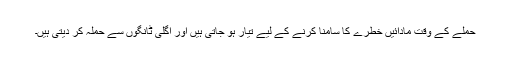
حملے کے وقت مادائیں خطرے کا سامنا کرنے کے لیے تیار ہو جاتی ہیں اور اگلی ٹانگوں سے حملہ کر دیتی ہیں۔